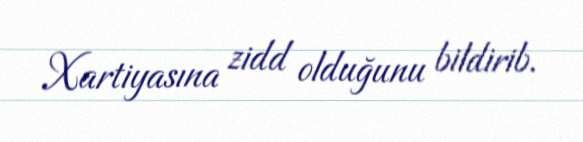
Xartiyasına zidd olduğunu bildirib.